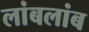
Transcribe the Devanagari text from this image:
लांबलांब